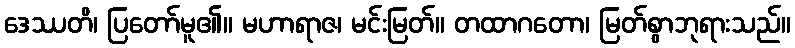
ဒေဿတိ၊ ပြတော်မူ၏။ မဟာရာဇ၊ မင်းမြတ်။ တထာဂတော၊ မြတ်စွာဘုရားသည်။